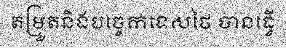
តម្រួតនិងបច្ចេកទេសថៃ បានធ្វើ